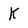
Character: K